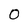
Character: 0